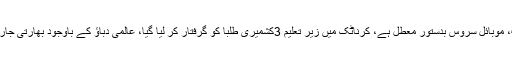
وادی میں انٹرنیٹ، موبائل سروس بدستور معطل ہے، کرناٹک میں زیر تعلیم 3کشمیری طلبا کو گرفتار کر لیا گیا، عالمی دباؤ کے باوجود بھارتی جارحیت تھم نہ سکی۔